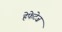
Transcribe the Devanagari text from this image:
हेफेटेज़